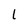
Character: l